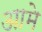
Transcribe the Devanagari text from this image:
आमे